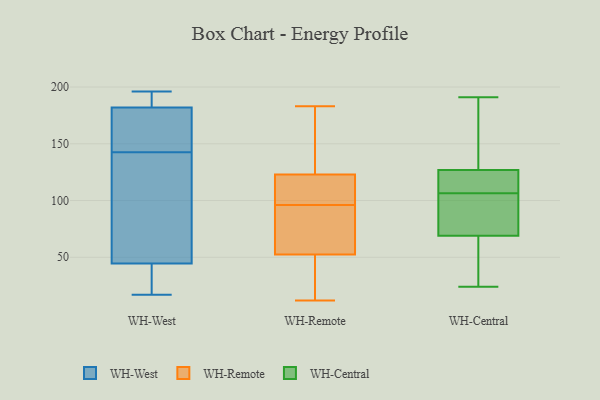
{"axis": {"x": "Inventory Turnover", "y": "Value"}, "legend": ["WH-Central", "WH-Remote", "WH-West"], "data": [{"x": "", "y": 190, "type": "WH-West"}, {"x": "", "y": 17, "type": "WH-West"}, {"x": "", "y": 58, "type": "WH-West"}, {"x": "", "y": 31, "type": "WH-West"}, {"x": "", "y": 192, "type": "WH-West"}, {"x": "", "y": 168, "type": "WH-West"}, {"x": "", "y": 25, "type": "WH-West"}, {"x": "", "y": 156, "type": "WH-West"}, {"x": "", "y": 129, "type": "WH-West"}, {"x": "", "y": 174, "type": "WH-West"}, {"x": "", "y": 196, "type": "WH-West"}, {"x": "", "y": 107, "type": "WH-West"}, {"x": "", "y": 12, "type": "WH-Remote"}, {"x": "", "y": 112, "type": "WH-Remote"}, {"x": "", "y": 51, "type": "WH-Remote"}, {"x": "", "y": 53, "type": "WH-Remote"}, {"x": "", "y": 73, "type": "WH-Remote"}, {"x": "", "y": 77, "type": "WH-Remote"}, {"x": "", "y": 117, "type": "WH-Remote"}, {"x": "", "y": 121, "type": "WH-Remote"}, {"x": "", "y": 183, "type": "WH-Remote"}, {"x": "", "y": 182, "type": "WH-Remote"}, {"x": "", "y": 96, "type": "WH-Remote"}, {"x": "", "y": 69, "type": "WH-Remote"}, {"x": "", "y": 172, "type": "WH-Remote"}, {"x": "", "y": 19, "type": "WH-Remote"}, {"x": "", "y": 129, "type": "WH-Remote"}, {"x": "", "y": 108, "type": "WH-Remote"}, {"x": "", "y": 35, "type": "WH-Remote"}, {"x": "", "y": 157, "type": "WH-Central"}, {"x": "", "y": 25, "type": "WH-Central"}, {"x": "", "y": 181, "type": "WH-Central"}, {"x": "", "y": 24, "type": "WH-Central"}, {"x": "", "y": 100, "type": "WH-Central"}, {"x": "", "y": 52, "type": "WH-Central"}, {"x": "", "y": 118, "type": "WH-Central"}, {"x": "", "y": 111, "type": "WH-Central"}, {"x": "", "y": 102, "type": "WH-Central"}, {"x": "", "y": 191, "type": "WH-Central"}, {"x": "", "y": 127, "type": "WH-Central"}, {"x": "", "y": 112, "type": "WH-Central"}, {"x": "", "y": 69, "type": "WH-Central"}, {"x": "", "y": 81, "type": "WH-Central"}]}